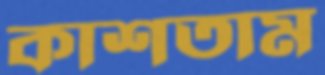
কাশতাম